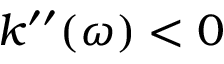
k ^ { \prime \prime } ( \omega ) < 0